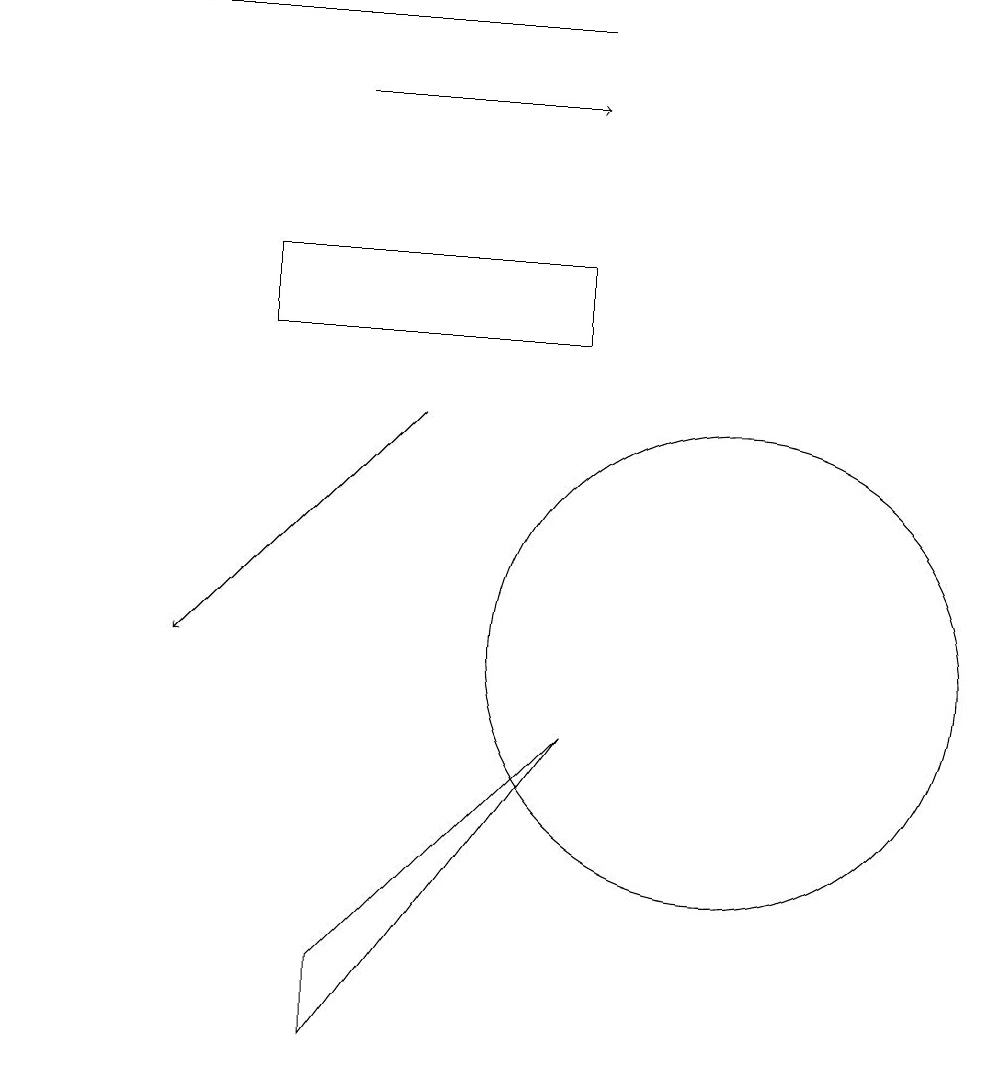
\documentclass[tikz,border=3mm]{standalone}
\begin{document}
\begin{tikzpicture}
\draw[->] (8,18) -- (1,18);
\draw (7,14) rectangle (5,14);
\draw (10,10) circle (3);
\draw (8,9) -- (5,6) -- (5,5) -- cycle;
\draw (8,14) rectangle (4,15);
\draw[->] (6,13) -- (3,10);
\draw[->] (5,17) -- (8,17);
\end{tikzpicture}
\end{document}